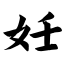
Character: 妊